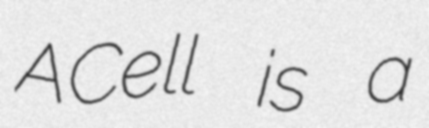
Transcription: ACell is a